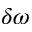
\delta \omega